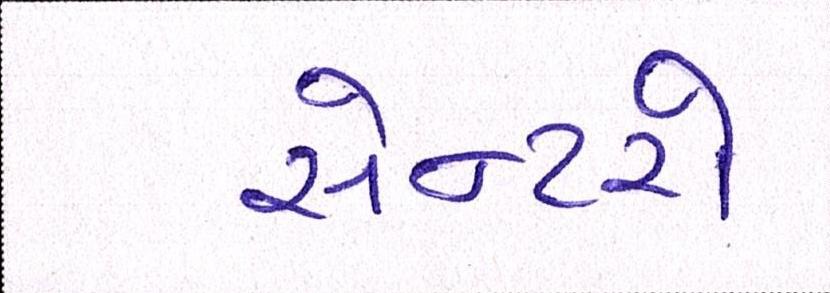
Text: સેન્ટરો